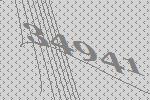
34941